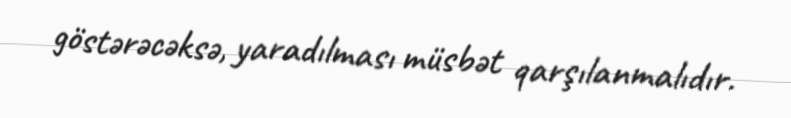
göstərəcəksə, yaradılması müsbət qarşılanmalıdır.